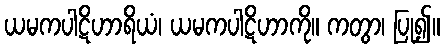
ယမကပါဋိဟာရိယံ၊ ယမကပါဋိဟာကို။ ကတွာ၊ ပြု၍။